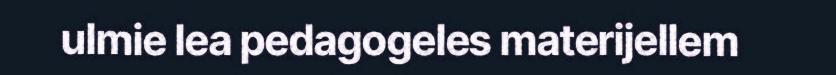
ulmie lea pedagogeles materijellem